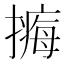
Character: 𢵹